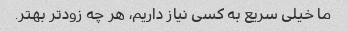
ما خیلی سریع به کسی نیاز داریم، هر چه زودتر بهتر.